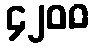
၄၂၀၀